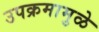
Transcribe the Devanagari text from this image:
उपक्रमामुळे